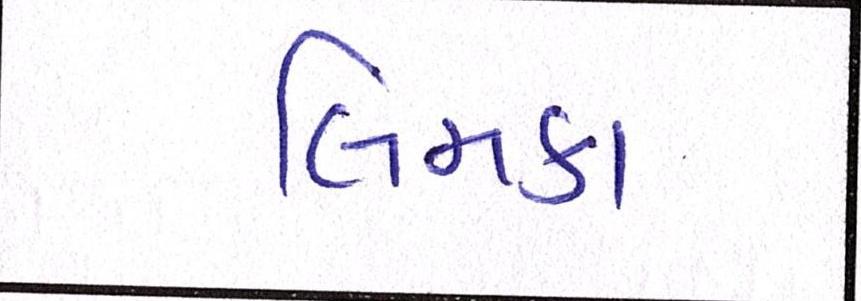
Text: લિમકા